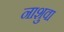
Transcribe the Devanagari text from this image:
नाशुवा